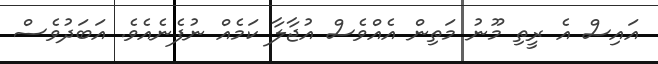
އައިސް އެ ރީތި މޫނު މަތިން އެއްވެސް އުޖާލާ ކަމެއް ނުފެނެއެވެ. އަބަދުވެސް